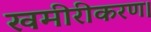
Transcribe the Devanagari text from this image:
खमीरीकरण।